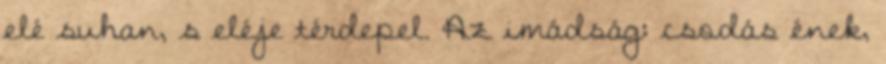
elé suhan, s eléje térdepel. Az imádság: csodás ének,